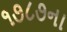
૧૭૮૭ના